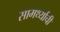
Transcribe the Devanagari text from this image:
सामर्थ्याची